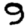
Digit: 9